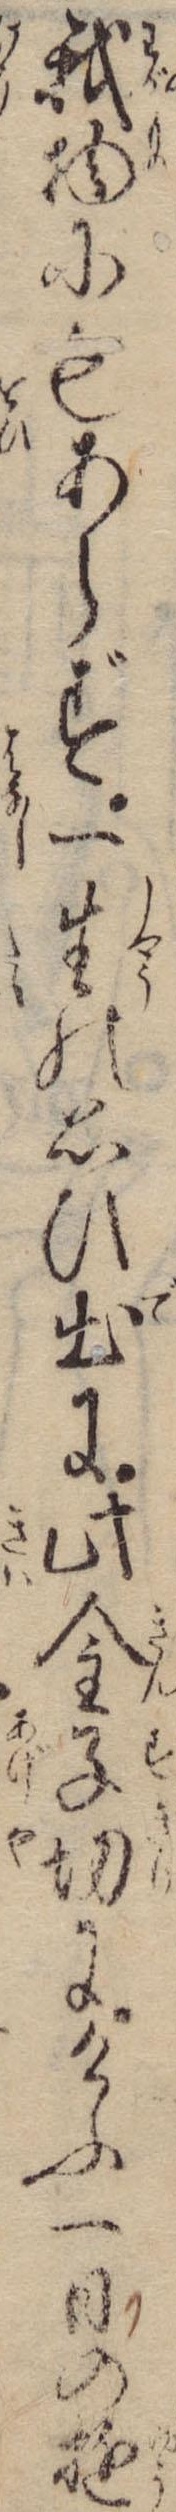
我物にもあらず一生の思ひ出に此金子切にけふ一日の遊